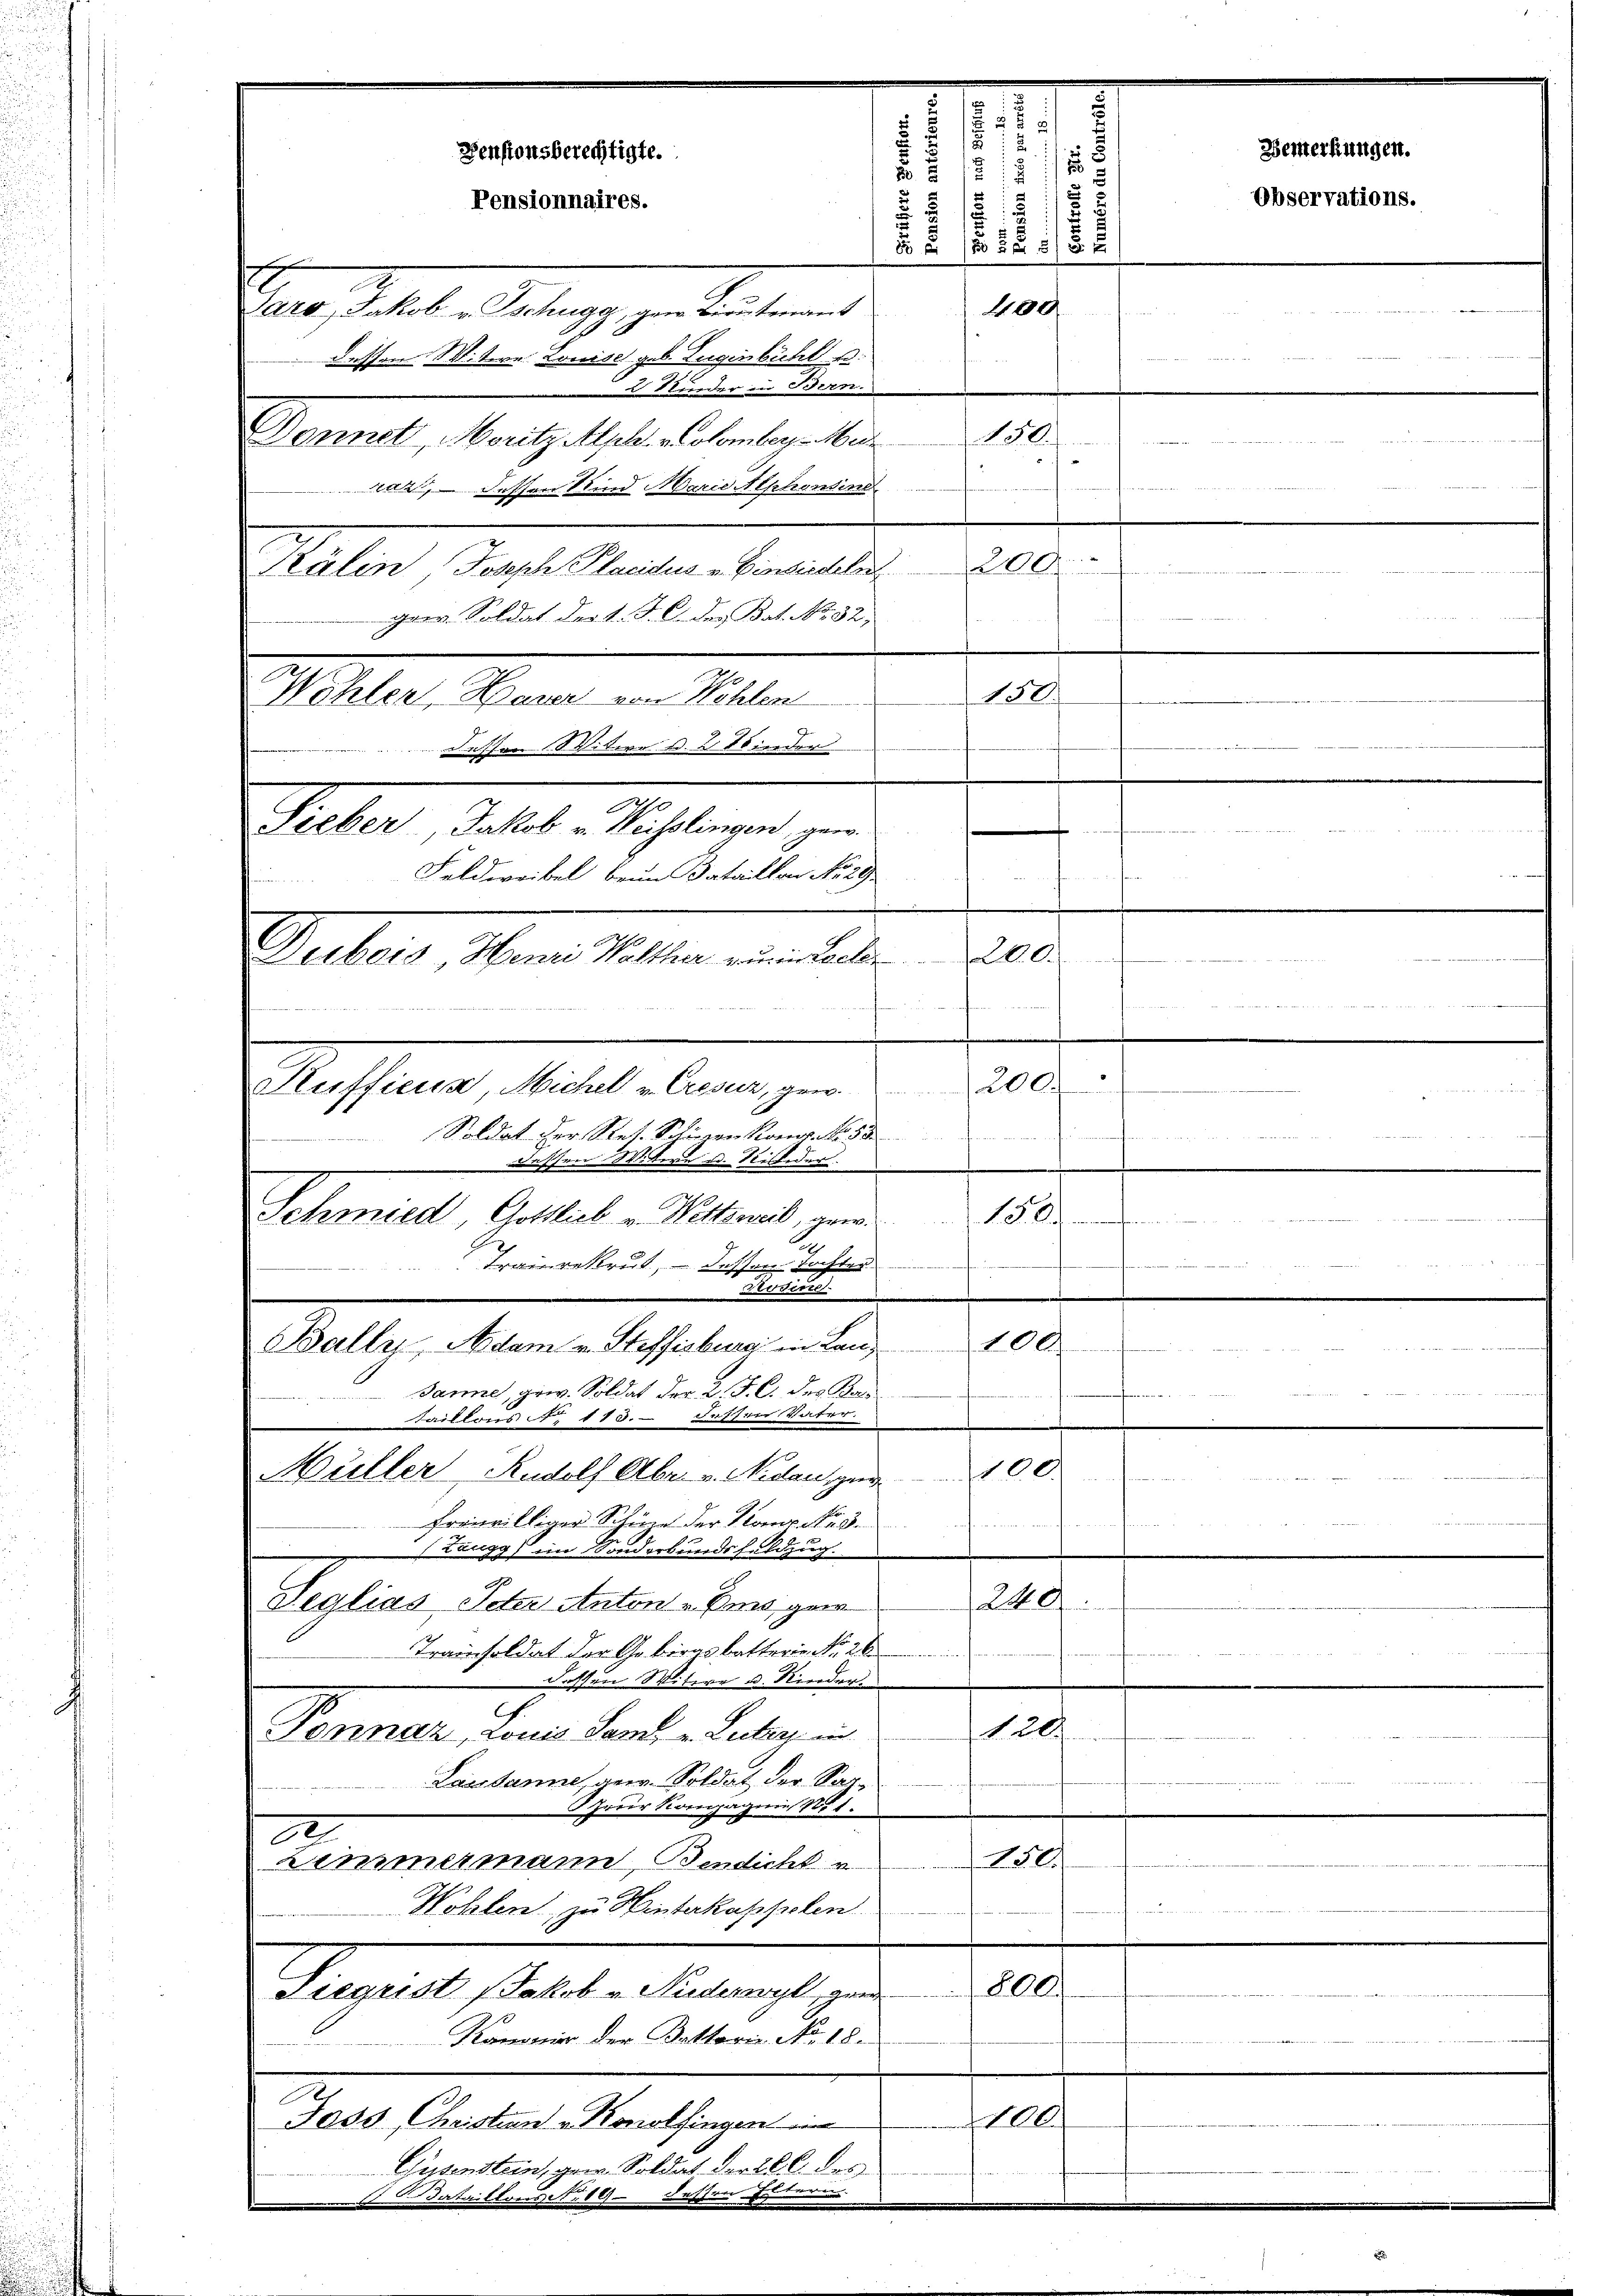
gaer Soldat der d. J. C. der Bat. No. 32,
Wohler, Hauer von Hehlen
Fessen (Vitere u. 2 Kinder

Pensionsberechtigte.
Pensionnaires.

Paro, Jakob u. schugg, gene Lieutenant
dessen Mitere. Louise geb. Lugenbühl u.
 Nieder in Bern.
Donnet, Moritz Alph. v. Homber Mu
raht, dessen Kind Marie Alphowind
Kälin, Joseph Placidus v. Einsiedeln
Feldweibel beim Bataillon No 29
Dubois Herre Walther zum Seele
e
Kuffieun, Michel v. Cresur, gew
Soldat der Res. Schönen Konr. No. 58
Buschren d. Bern u. Nieder.
Schmied Gottlich v. Wettsweil, gew.
Tranrekrut, – dessen Tochter
Balle Adam v. Steffisburg in Lan
Janne, gew. Soldat der L. F. C. des Bas
Faillons N. 113. Dassers Vater.
Müller Rudolf Abr. v. Nidau, zur
freiwilliger Schüze der Komp Nr. 3.
(Zaugg, im Sonderbundsfeldzug.
Seglias Peter Anton - Ems ganz
Trainsoldat der Gebirgs batterie No. 26
 dessen Witwe u. Kinder.
Poornaz, Louis Land, u. Lector in
Lausanne, geer. Soldat der Sar¬
 747 :
Ireir Kompagnie No 1.
.
2
250.
zimmermann, Bendicht v
Wohlen, zu Hinterkapspolen
800
dtegrist Jakob v Nuderwyl, zuer
Kanonier der Bettorie No. 18.
C
100
Joss Christian Konolfingen
Gusenstein, gew. Soldat der 226. des
Dataillons No 19. Fettin
m

Sieber, Jakob u. Weisslingen, gera

d
5
5
 x
18
.
.
s
1819
2
12 1/2
400
8
150.
200
150.
e
¬

200.
n
200.
hammen, diese wahr
.
i
150.
Beiderre
100
f
100
Bassierte Wert werden weitens
ainen Pro
240
tcommen meistern ernennen.
120.

e

Bemerkungen.
Observations.